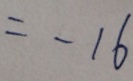
= - 1 6